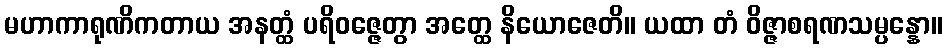
မဟာကာရုဏိကတာယ အနတ္ထံ ပရိဝဇ္ဇေတွာ အတ္ထေ နိယောဇေတိ။ ယထာ တံ ဝိဇ္ဇာစရဏသမ္ပန္နော။